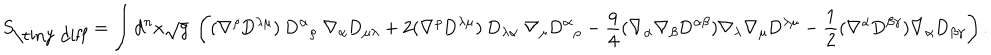
LaTeX: S _ { \mathrm { \tiny ~ d i f f } } = \int d ^ { n } x \sqrt { g } ~ \left( ( \nabla ^ { \rho } \mathrm { D } ^ { \lambda \mu } ) ~ \mathrm { D } ^ { \alpha } { } _ { \rho } ~ \nabla _ { \alpha } \mathrm { D } _ { \mu \lambda } + 2 ( \nabla ^ { \rho } \mathrm { D } ^ { \lambda \mu } ) ~ \mathrm { D } _ { \lambda \alpha } ~ \nabla _ { \mu } \mathrm { D } ^ { \alpha } { } _ { \rho } - \frac { q } 4 ( \nabla _ { \alpha } \nabla _ { \beta } \mathrm { D } ^ { \alpha \beta } ) { } \nabla _ { \lambda } \nabla _ { \mu } { } \mathrm { D } ^ { \lambda \mu } { } - \frac 1 2 ( \nabla ^ { \alpha } \mathrm { D } ^ { \beta \gamma } ) \nabla _ { \alpha } \mathrm { D } _ { \beta \gamma } \right) .